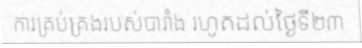
ការគ្រប់គ្រងរបស់បារាំង រហូតដល់ថ្ងៃទី២៣